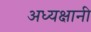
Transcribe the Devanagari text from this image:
अध्यक्षानी